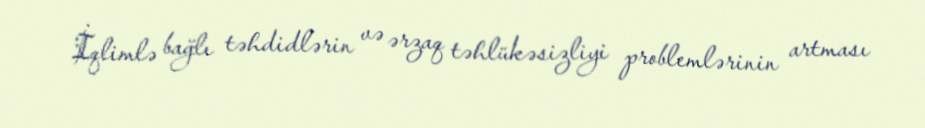
İqlimlə bağlı təhdidlərin və ərzaq təhlükəsizliyi problemlərinin artması